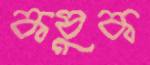
কষুক